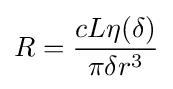
R={\frac {cL\eta (\delta )}{\pi \delta r^{3}}}